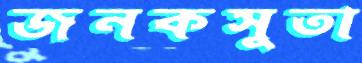
জনকসুতা